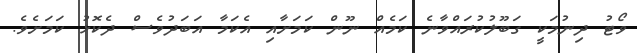
ވޯޓު ދިނުމަކީ ގަބޫލުކުރައްވާނެ ކަމެއް ނޫން ކަމަށާއި އެކަމާ އަބަދުވެސް ދެކޮޅު ކަމަށެވެ.